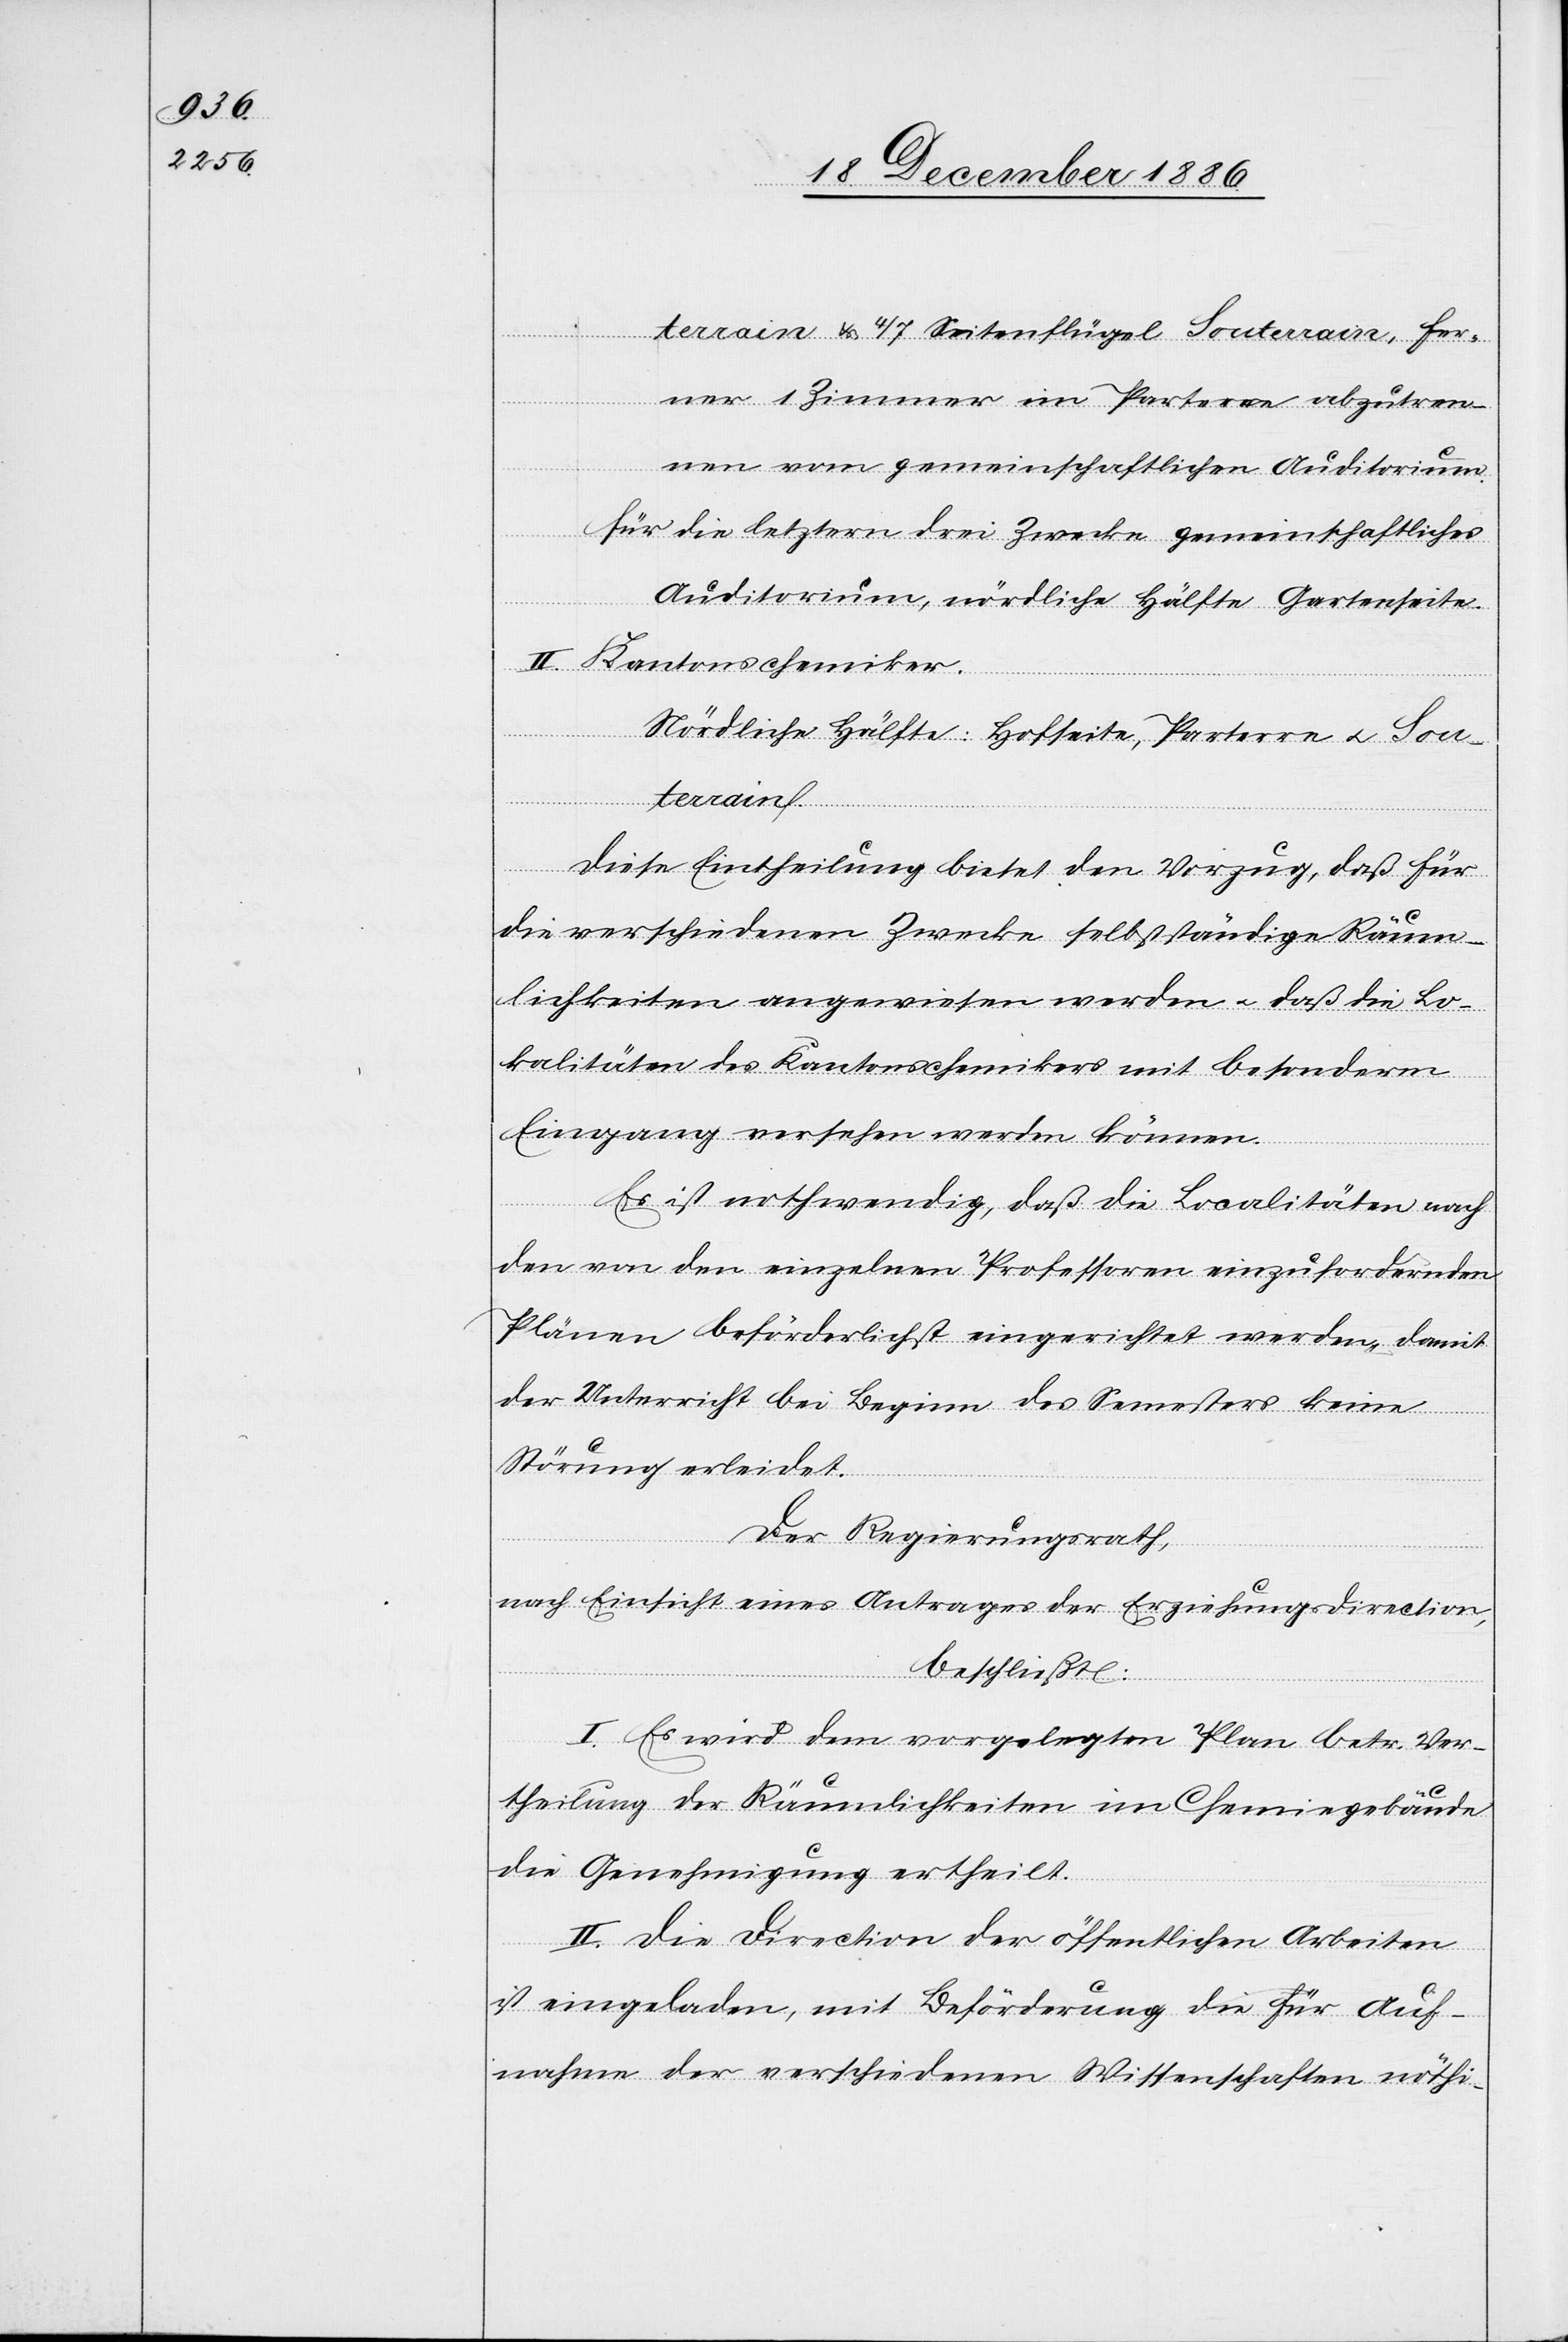
terrain & 4/7 Seitenflügel Souterrain, fer¬
ner 1 Zimmer im Parterre abzutren¬
nen vom gemeinschaftlichen Auditorium.
für die letztern drei Zwecke gemeinschaftliches
Auditorium, nördliche Hälfte Gartenseite.
II. Kantonschemiker.
Nördliche Hälfte: Hofseite, Parterre & Sou¬
terrain.
Diese Eintheilung bietet den Vorzug, daß für
die verschiedenen Zwecke selbstständige Räum¬
lichkeiten angewiesen werden & daß die Lo¬
kalitäten des Kantonschemikers mit besonderm
Eingang versehen werden können.
Es ist nothwendig, daß die Localitäten nach
den von den einzelnen Professoren einzufordernden
Plänen beförderlichst eingerichtet werden, damit
der Unterricht bei Beginn des Semesters keine
Störung erleidet.
Der Regierungsrath,
nach Einsicht eines Antrages der Erziehungsdirection,
beschließt:
I. Es wird dem vorgelegten Plan betr. Ver¬
theilung der Räumlichkeiten im Chemiegebäude
die Genehmigung ertheilt.
II. Die Direction der öffentlichen Arbeiten
ist eingeladen, mit Beförderung die für Auf¬
nahme der verschiedenen Wissenschaften nöthi-